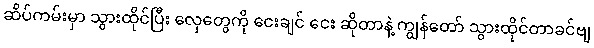
ဆိပ်ကမ်းမှာ သွားထိုင်ပြီး လှေတွေကို ငေးချင် ငေး ဆိုတာနဲ့ ကျွန်တော် သွားထိုင်တာခင်ဗျ